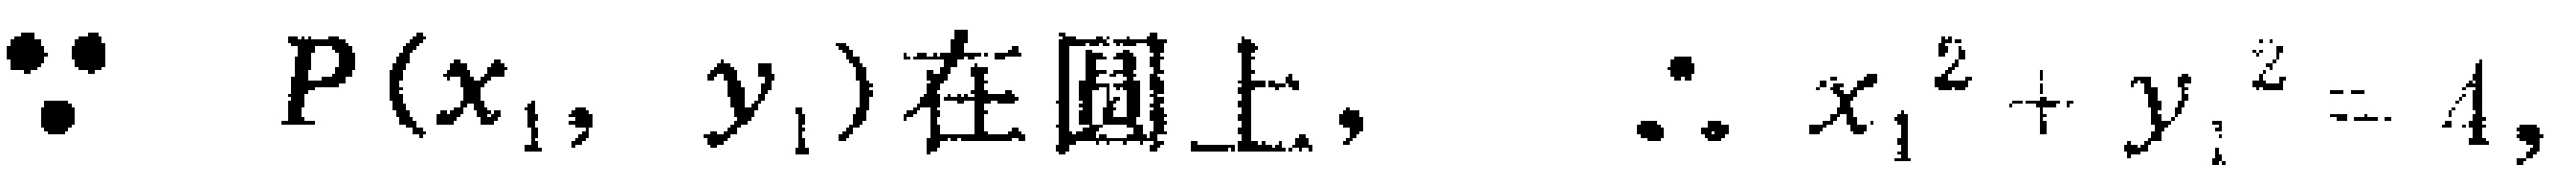
\(\because P(x_{1},y_{1})\text{ 在圆上,}\therefore x_{1}^{2}+y_{1}^{2}=4,\)